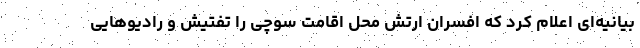
بیانیه‌ای اعلام کرد که افسران ارتش محل اقامت سوچی را تفتیش و رادیوهایی